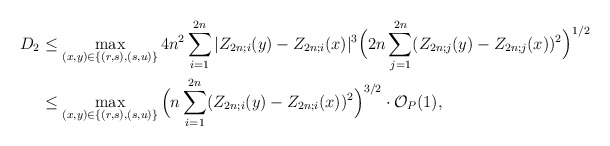
\begin{align*} D_2 & \leq \max_{\substack{(x,y) \in \{ (r,s), (s,u) \}}} 4n^2 \sum_{i=1}^{2n} |Z_{2n;i}(y) - Z_{2n;i}(x)|^3 \Big( 2n \sum_{j=1}^{2n} (Z_{2n;j}(y) - Z_{2n;j}(x))^2 \Big)^{1/2} \\ & \leq \max_{\substack{(x,y) \in \{ (r,s), (s,u) \}}} \Big( n \sum_{i=1}^{2n} (Z_{2n;i}(y) - Z_{2n;i}(x))^2 \Big)^{3/2} \cdot \mathcal{O}_P(1), \end{align*}